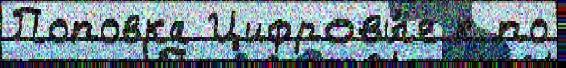
Поповка Цифровы́е к по